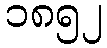
၁၈၅၂